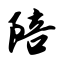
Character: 陪